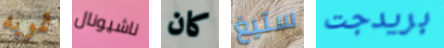
تمويه ناشيونال كان ستيغ بريدجت